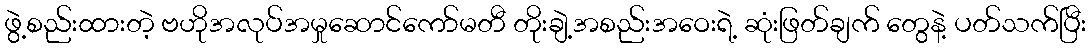
ဖွဲ့စည်းထားတဲ့ ဗဟိုအလုပ်အမှုဆောင်ကော်မတီ တိုးချဲ့အစည်းအဝေးရဲ့ ဆုံးဖြတ်ချက် တွေနဲ့ ပတ်သက်ပြီး